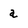
Character: a